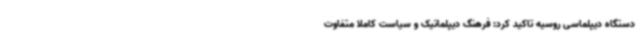
دستگاه دیپلماسی روسیه تاکید کرد: فرهنگ دیپلماتیک و سیاست کاملا متفاوت